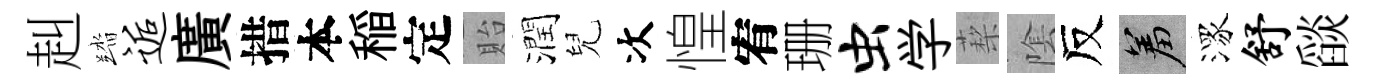
赳踏逅廣措本稲定貽潤兒次惶宥珊虫学蔾隂反羞潈舒𦦨